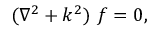
( \nabla ^ { 2 } + k ^ { 2 } ) ~ f = 0 ,